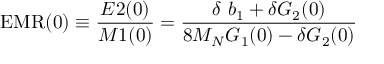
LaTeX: \mathrm { E M R } ( 0 ) \equiv \frac { E 2 ( 0 ) } { M 1 ( 0 ) } = { \frac { \delta \ b _ { 1 } + \delta G _ { 2 } ( 0 ) } { 8 M _ { N } G _ { 1 } ( 0 ) - \delta G _ { 2 } ( 0 ) } }